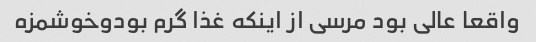
واقعا عالی بود مرسی از اینکه غذا گرم بودوخوشمزه